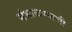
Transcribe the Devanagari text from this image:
संभाळण्याची